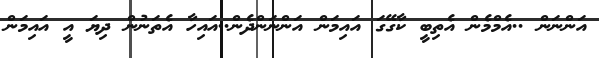
އަންނަން ..އެމްމެން އެތިބީ ކާގޭގަ އައިމަން އަންނަންދެން..އައިހާ އެތަނުން ދިޔަ އީ އައިމަން